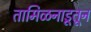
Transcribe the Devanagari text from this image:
तामिळनाडूतून